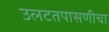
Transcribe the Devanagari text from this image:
उलटतपासणीचा